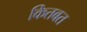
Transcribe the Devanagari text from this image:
कितबत